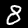
Label: 8